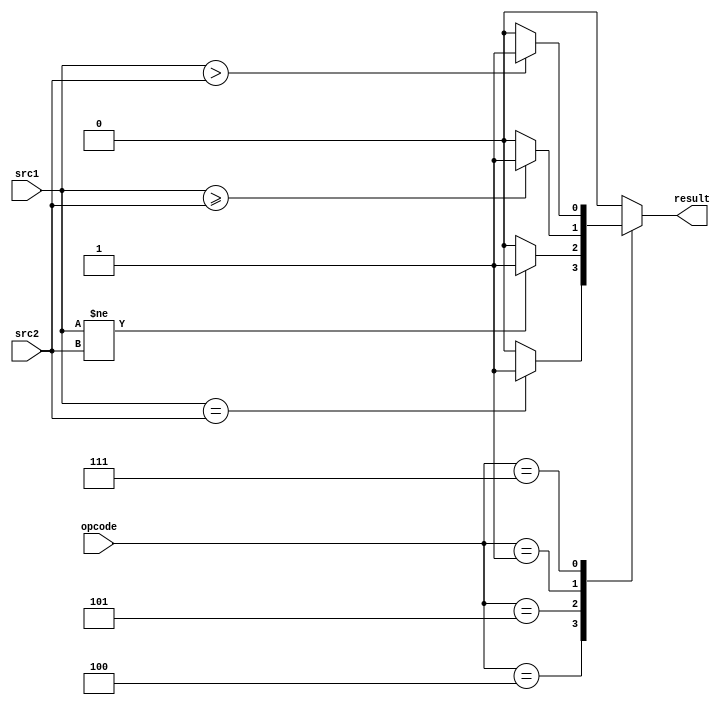
`timescale 1ns/1ps

//////////////////////////////////////////////////////////////////////////////////
// Company: NCTU
// Engineer: 
//
// Design Name:
// Module Name:    alu
// Project Name:
// Target Devices:
// Tool versions:
// Description:
//
// Dependencies:
//
// Revision:
// Revision 0.01 - File Created
// Additional Comments:
//
//////////////////////////////////////////////////////////////////////////////////

module BranchAlu(
           src1,       
           src2,
		   opcode,
           result
           );


input signed[32-1:0] src1;
input signed[32-1:0] src2;
input [6-1:0] opcode;

output reg    result;

initial  begin
	result = 0;
end

always@(*)begin
	case(opcode)
		6'b000100:begin
			result = (src1 == src2)?1:0;
		end
		6'b000101:begin
			result = (src1 != src2)?1:0;
		end
		6'b000001:begin
			result = (src1 >= src2)?1:0;
		end
		6'b000111:begin
			result = (src1 > src2)?1:0;
		end
		default:
			result = 0;
	endcase
end

endmodule